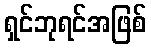
ရှင်ဘုရင်အဖြစ်